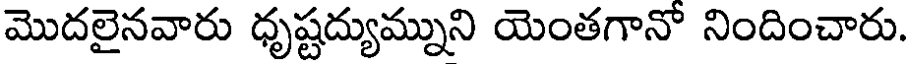
మొదలైనవారు ధృష్టద్యుమ్నుని యెంతగానో నిందించారు.